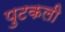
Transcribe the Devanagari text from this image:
पुटकली